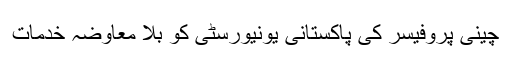
چینی پروفیسر کی پاکستانی یونیورسٹی کو بلا معاوضہ خدمات